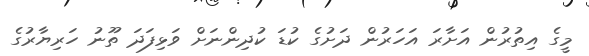
މީގެ އިތުރުން އަށާރަ އަހަރުން ދަށުގެ ކުޑަ ކުދިންނަށް ވަޅިފަދަ ތޫނު ހަރިޔާރުގެ